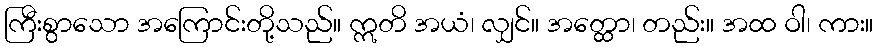
ကြီးစွာသော အကြောင်းတို့သည်။ ဣတိ အယံ၊ လျှင်။ အတ္ထော၊ တည်း။ အထ ဝါ၊ ကား။